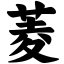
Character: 菱